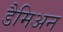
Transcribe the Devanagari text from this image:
डैमिअन